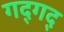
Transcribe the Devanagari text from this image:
गद्‍गद्